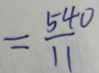
= \frac { 5 4 0 } { 1 1 }